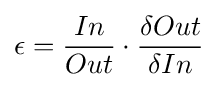
\epsilon ={In \over Out}\cdot {\delta Out \over \delta In}